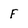
Character: F